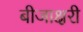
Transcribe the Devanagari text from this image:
बीजाक्षरी